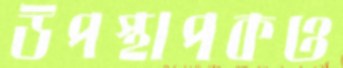
উপস্থাপকও